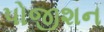
પોજીશન